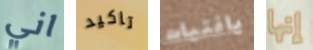
اني تاكيد يافتيات إنها